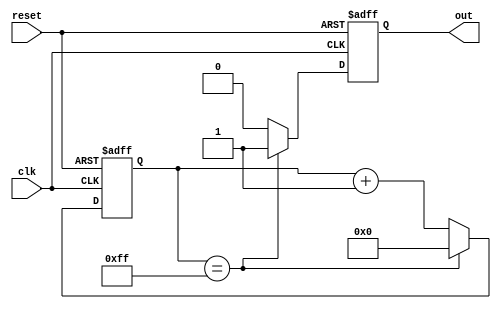
module rc_delay (
    input wire clk, // Clock signal
    input wire reset, // Reset signal
    output reg out // Delayed output signal
);

reg [7:0] delay_counter;

always @(posedge clk or posedge reset)
begin
    if (reset)
        delay_counter <= 8'h00;
    else if (delay_counter == 8'hFF)
        delay_counter <= 8'h00;
    else
        delay_counter <= delay_counter + 1;
end

always @(posedge clk or posedge reset)
begin
    if (reset)
        out <= 1'b0;
    else if (delay_counter == 8'hFF)
        out <= 1'b1;
    else
        out <= 1'b0;
end

endmodule